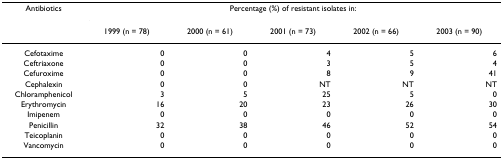
<table><thead><tr><td><b>Antibiotics</b></td><td colspan="5"><b>Percentage (%) of resistant isolates in:</b></td></tr><tr><td></td><td><b>1999 (n = 78)</b></td><td><b>2000 (n = 61)</b></td><td><b>2001 (n = 73)</b></td><td><b>2002 (n = 66)</b></td><td><b>2003 (n = 90)</b></td></tr></thead><tbody><tr><td>Cefotaxime</td><td>0</td><td>0</td><td>4</td><td>5</td><td>6</td></tr><tr><td>Ceftriaxone</td><td>0</td><td>0</td><td>3</td><td>5</td><td>4</td></tr><tr><td>Cefuroxime</td><td>0</td><td>0</td><td>8</td><td>9</td><td>41</td></tr><tr><td>Cephalexin</td><td>0</td><td>0</td><td>NT</td><td>NT</td><td>NT</td></tr><tr><td>Chloramphenicol</td><td>3</td><td>5</td><td>25</td><td>5</td><td>0</td></tr><tr><td>Erythromycin</td><td>16</td><td>20</td><td>23</td><td>26</td><td>30</td></tr><tr><td>Imipenem</td><td>0</td><td>0</td><td>0</td><td>0</td><td>0</td></tr><tr><td>Penicillin</td><td>32</td><td>38</td><td>46</td><td>52</td><td>54</td></tr><tr><td>Teicoplanin</td><td>0</td><td>0</td><td>0</td><td>0</td><td>0</td></tr><tr><td>Vancomycin</td><td>0</td><td>0</td><td>0</td><td>0</td><td>0</td></tr></tbody></table>